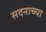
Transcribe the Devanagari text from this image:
सदनाच्या